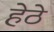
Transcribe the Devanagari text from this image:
हेठे